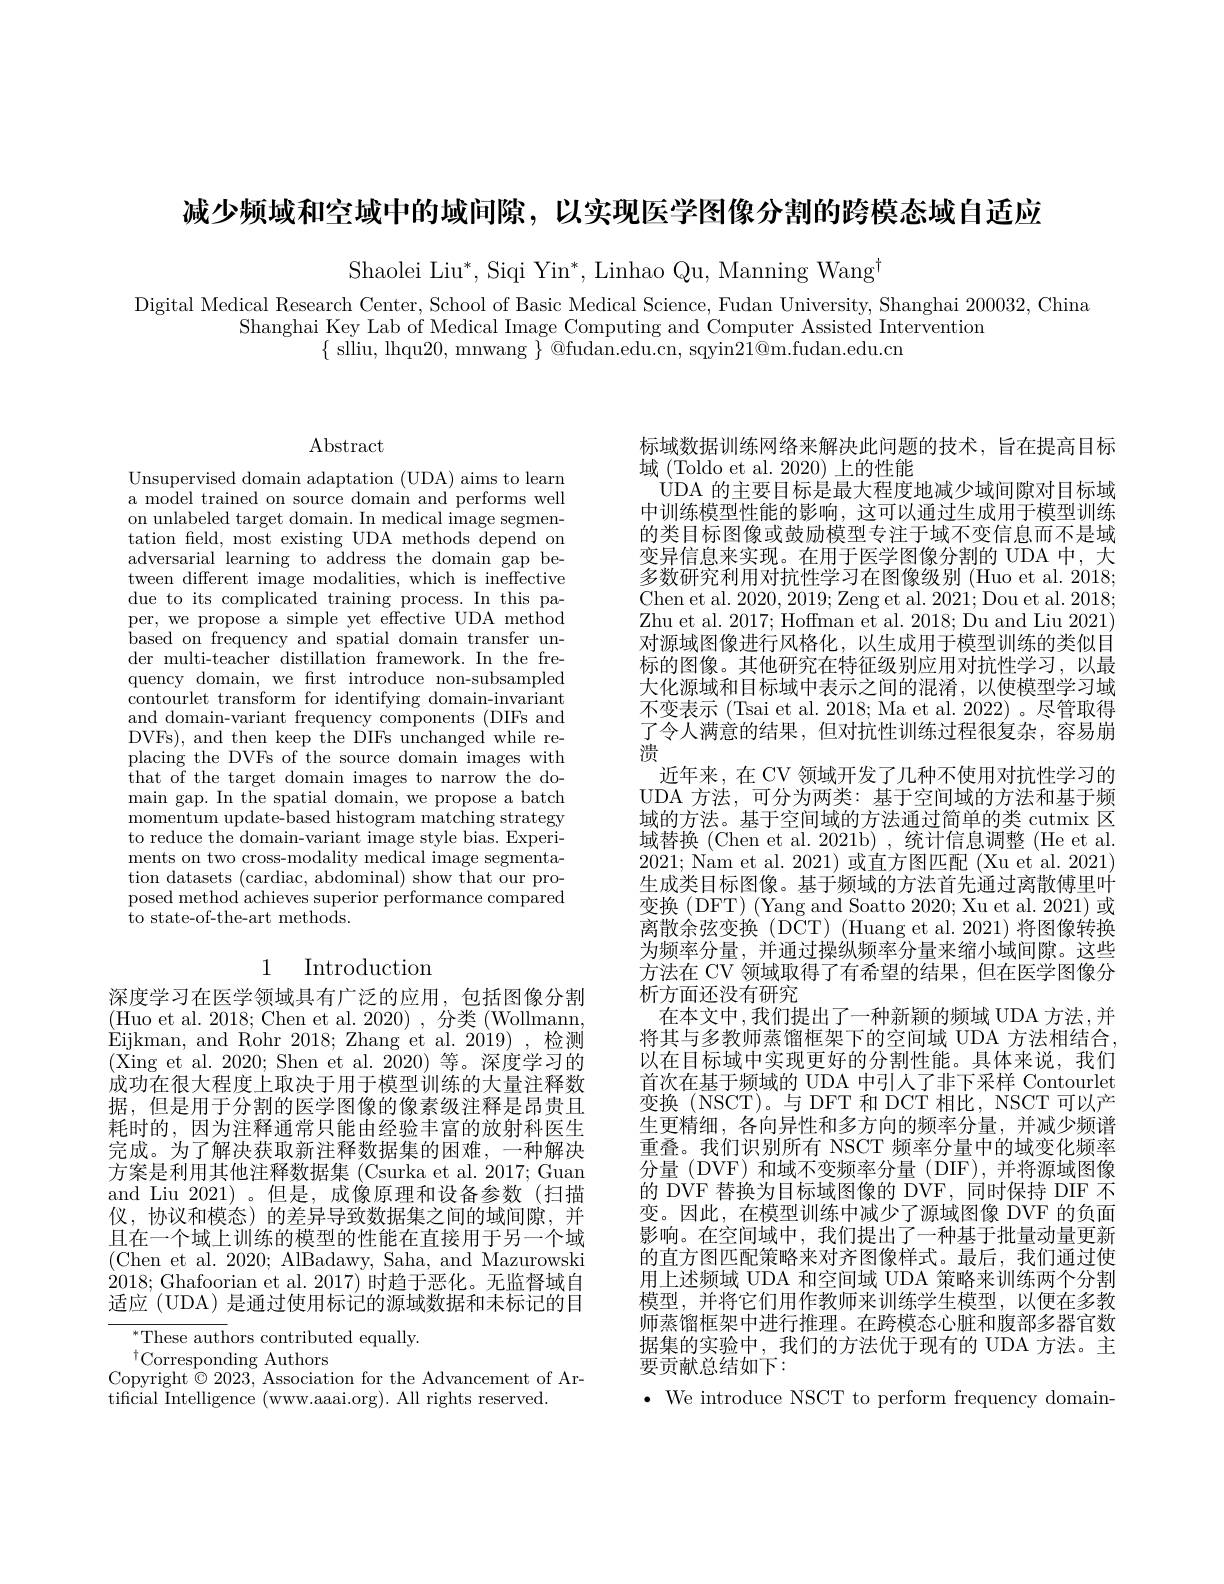
减少频域和空域中的域间隙，以实现医学图像分割的跨模态域自适应

Shaolei Liu$^*$,Siqi Yin$^*$,Linhao Qu, Manning Wang$^{\mathrm{t}}$

Digital Medical Research Center, School of Basic Medical Science, Fudan University, Shanghai 200032, China
Shanghai Key Lab of Medical Image Computing and Computer Assisted Intervention
$\{$ slliu, lhqu20,mnwang $\}$ @fudan.edu.cn, sqyin$21@$m.fudan.edu.cn

$\operatorname{Abstract}$

Unsupervised domain adaptation (UDA) aims to learn a model trained on source domain and performs well on unlabeled target domain. In medical image segmentation feld, most existing UDA methods depend on adversarial learning to address the domain gap between different image modalities, which is ineffective due to its complicated training process. In this paper, we propose a simple yet effective UDA method based on frequency and spatial domain transfer under multi-teacher distillation framework. In the frequency domain, we frst introduce non-subsampled contourlet transform for identifying domain-invariant and domain-variant frequency components (DIFs and DVFs), and then keep the DIFs unchanged while replacing the DVFs of the source domain images with ${\mathrm{that~of~the~target~domain~images~to~narrow~the~do-}}$ main gap. In the spatial domain, we propose a batch momentum update-based histogram matching strategy to reduce the domain-variant image style bias. Experiments on two cross-modality medical image segmentation datasets (cardiac, abdominal) show that our proposed method achieves superior performance compared to state-of-the-art methods.

# 1 Introduction

深度学习在医学领域具有广泛的应用，包括图像分割(Huo et al. 2018; Chen et al. 2020) , 分类 (Wollmann, Eijkman, and Rohr 2018; Zhang et al. 2019) , 检 测 (Xing et al.2020; Shen et al. 2020)等。深度学习的成功在很大程度上取决于用于模型训练的大量注释数据，但是用于分割的医学图像的像素级注释是昂贵且耗时的，因为注释通常只能由经验丰富的放射科医生完成。为了解决获取新注释数据集的困难，一种解决方案是利用其他注释数据集 (Csurka et al. 2017; Guan and Liu 2021)。但是，成像原理和设备参数(扫描仪，协议和模态) 的差异导致数据集之间的域间隙，并且在一个域上训练的模型的性能在直接用于另一个域(Chen et al. 2020; AlBadawy, Saha, and Mazurowski 2018;Ghafoorian et al. 2017) 时趋于恶化。无监督域自适应 (UDA) 是通过使用标记的源域数据和未标记的目

$^*$These authors contributed equally.
$^{\dagger}$Corresponding Authors
Copyright $\hat{\otimes}2023$, Association for the Advancement of Ar-
tificial Intelligence (www.aaai.org). All rights reserved.

标域数据训练网络来解决此问题的技术，旨在提高目标
域 (Toldo et al. 2020) 上的性能
UDA 的主要目标是最大程度地减少域间隙对目标域中训练模型性能的影响，这可以通过生成用于模型训练的类目标图像或鼓励模型专注于域不变信息而不是域变异信息来实现。在用于医学图像分割的 UDA 中，大多数研究利用对抗性学习在图像级别 (Huo et al. 2018; Chen et al. 2020, 2019; Zeng et al. 2021; Dou et al. 2018; Zhu et al. 2017; Hoffman et al. 2018; Du and Liu 2021) 对源域图像进行风格化，以生成用于模型训练的类似目标的图像。其他研究在特征级别应用对抗性学习，以最大化源域和目标域中表示之间的混淆，以使模型学习域不变表示 (Tsai et al. 2018; Ma et al. 2022)。尽管取得了令人满意的结果，但对抗性训练过程很复杂，容易崩溃
近年来，在 CV 领域开发了几种不使用对抗性学习的UDA 方法，可分为两类：基于空间域的方法和基于频域的方法。基于空间域的方法通过简单的类 cutmix 区域替换 (Chen et al. 2021b) , 统计信息调整 (He et al. 2021; Nam et al. 2021) 或直方图匹配 (Xu et al. 2021) 生成类目标图像。基于频域的方法首先通过离散傅里叶变换(DFT)(Yang and Soatto 2020;Xu et al.2021)或离散余弦变换 (DCT) (Huang et al. 2021) 将图像转换为频率分量，并通过操纵频率分量来缩小域间隙。这些方法在 CV 领域取得了有希望的结果，但在医学图像分析方面还没有研究
在本文中，我们提出了一种新颖的频域 UDA 方法，并将其与多教师蒸馏框架下的空间域 UDA 方法相结合， 以在目标域中实现更好的分割性能。具体来说，我们首次在基于频域的 UDA 中引人了非下采样 Contourlet 变换(NSCT)。与DFT 和 DCT 相比，NSCT 可以产生更精细，各向异性和多方向的频率分量，并减少频谱重叠。我们识别所有 NSCT 频率分量中的域变化频率分量(DVF)和域不变频率分量(DIF),并将源域图像的 DVF 替换为目标域图像的 DVF,同时保持 DIF 不变。因此，在模型训练中减少了源域图像 DVF 的负面影响。在空间域中，我们提出了一种基于批量动量更新的直方图匹配策略来对齐图像样式。最后，我们通过使用上述频域 UDA 和空间域 UDA 策略来训练两个分割模型，并将它们用作教师来训练学生模型，以便在多教师蒸馏框架中进行推理。在跨模态心脏和腹部多器官数据集的实验中，我们的方法优于现有的 UDA 方法。主要贡献总结如下：
$\bullet$ We introduce NSCT to perform frequency domain-